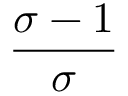
\frac { \sigma - 1 } { \sigma }